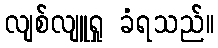
လျစ်လျူရှု ခံရသည်။